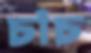
চাঁচ